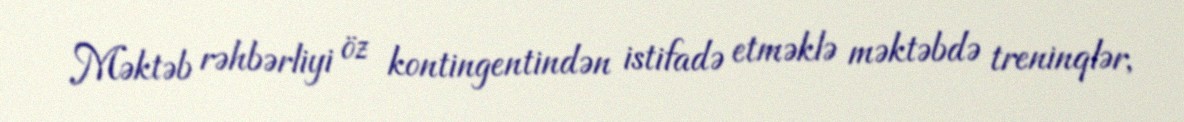
Məktəb rəhbərliyi öz kontingentindən istifadə etməklə məktəbdə treninqlər,